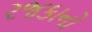
રજકાનો